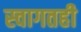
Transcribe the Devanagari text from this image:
स्वागतही